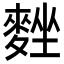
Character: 𪌴